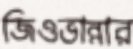
জিওভান্নার